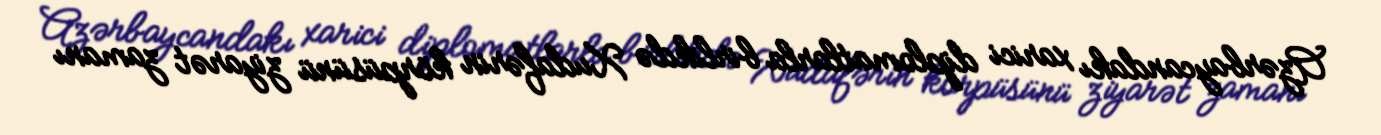
Azərbaycandakı xarici diplomatlarla birlikdə Xudafərin körpüsünü ziyarət zamanı